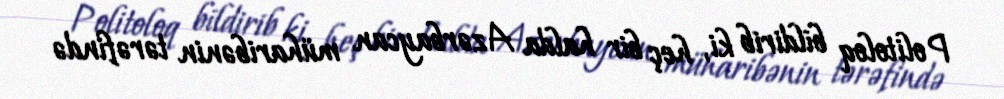
Politoloq bildirib ki, heç bir halda Azərbaycan müharibənin tərəfində